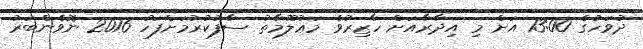
ދުވަހުގެ 13:00 އަށް މި އިދާރާއަށް ހާޒިރުވެ މަޢުލޫމާތު ސާފުކުރުމަށްފަހު 2016 ނޮވެންބަރު